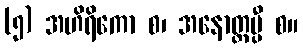
(၅) အဟိရိကော စ၊ အနောတ္တပ္ပီ စ။